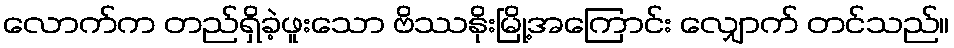
လောက်က တည်ရှိခဲ့ဖူးသော ဗိဿနိုးမြို့အကြောင်း လျှောက် တင်သည်။